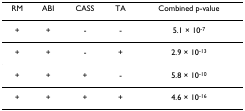
<table><thead><tr><td><b>RM</b></td><td><b>ABI</b></td><td><b>CASS</b></td><td><b>TA</b></td><td><b>Combined p-value</b></td></tr></thead><tbody><tr><td>+</td><td>+</td><td>-</td><td>-</td><td>5.1 × 10<sup>-7</sup></td></tr><tr><td>+</td><td>+</td><td>-</td><td>+</td><td>2.9 × 10<sup>-13</sup></td></tr><tr><td>+</td><td>+</td><td>+</td><td>-</td><td>5.8 × 10<sup>-10</sup></td></tr><tr><td>+</td><td>+</td><td>+</td><td>+</td><td>4.6 × 10<sup>-16</sup></td></tr></tbody></table>